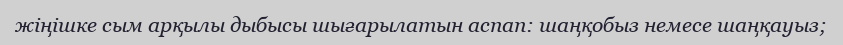
жіңішке сым арқылы дыбысы шығарылатын аспап: шаңқобыз немесе шаңқауыз;